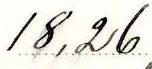
18,26